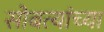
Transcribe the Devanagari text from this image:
सोबत्यांच्या